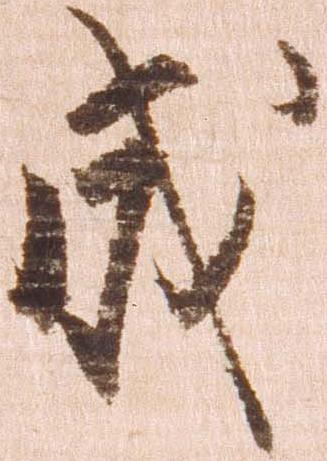
成